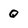
Character: Q